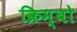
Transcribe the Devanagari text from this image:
क्रिम्बो